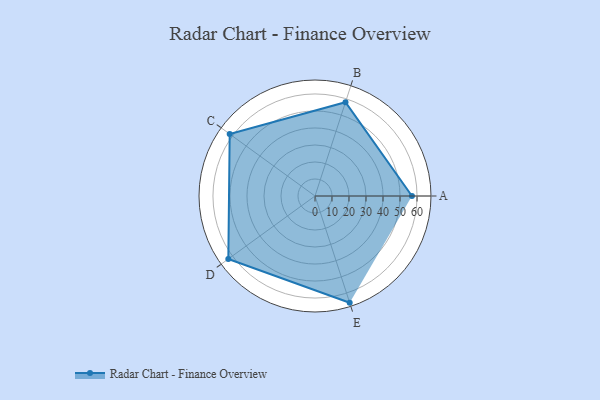
{"axis": {"x": "Skill", "y": "Score"}, "legend": ["Profile"], "data": [{"x": "A", "y": 57.0, "type": "Profile"}, {"x": "B", "y": 58.0, "type": "Profile"}, {"x": "C", "y": 62.0, "type": "Profile"}, {"x": "D", "y": 63.0, "type": "Profile"}, {"x": "E", "y": 66.0, "type": "Profile"}]}